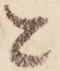
と